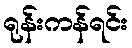
ရုန်းကန်ရင်း